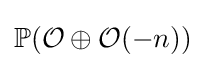
\mathbb {P} ({\mathcal {O}}\oplus {\mathcal {O}}(-n))